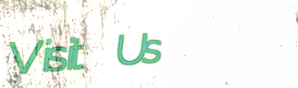
Visit Us